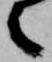
之